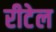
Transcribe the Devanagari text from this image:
रीटेल